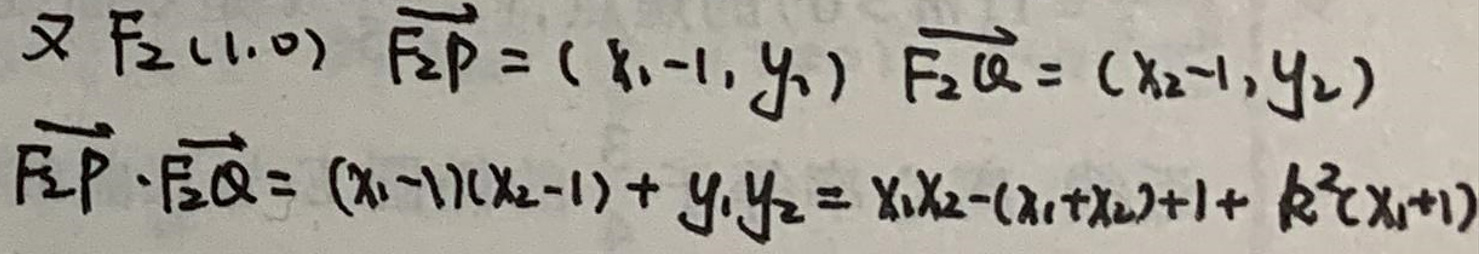
又\(  F_2(1,0) \quad \overrightarrow{F_2P}=(x_1 - 1,y_1) \quad \overrightarrow{F_2Q}=(x_2 - 1,y_2)\)\\
\(\overrightarrow{F_2P} \cdot \overrightarrow{F_2Q}=(x_1 - 1)(x_2 - 1)+y_1y_2=x_1x_2-(x_1 + x_2)+1 + k^2(x_1 + 1)\)